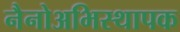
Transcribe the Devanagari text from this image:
नैनोअभिस्थापक